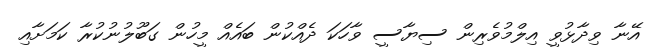
އޭނާ ވިދާޅުވީ އިލްމުވެރިން ސިޔާސީ ވާހަކަ ދެއްކުން ބައެއް މީހުން ގަބޫލުނުކުރާ ކަމަށާއި